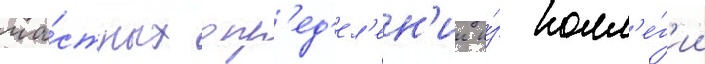
ча́стных опр'ед'ел'ен'ии и́з колл'е́г'ии